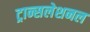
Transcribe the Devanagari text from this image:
ट्रान्सलेशनल